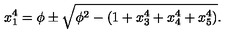
x _ { 1 } ^ { 4 } = \phi \pm \sqrt { \phi ^ { 2 } - ( 1 + x _ { 3 } ^ { 4 } + x _ { 4 } ^ { 4 } + x _ { 5 } ^ { 4 } ) } .